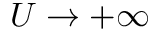
U \to + \infty